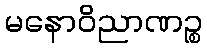
မနောဝိညာဏဉ္စ